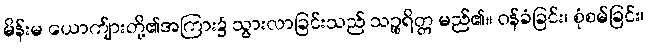
မိန်းမ ယောက်ျားတို့၏အကြား၌ သွားလာခြင်းသည် သဉ္စရိတ္တ မည်၏။ ဝန်ခံခြင်း၊ စုံစမ်ခြင်း၊